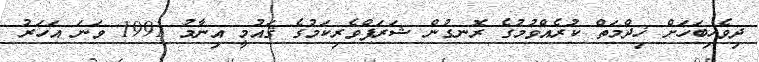
ދިވެހިބަހަށް ޚިދްމަތް ކުރެއްވުމުގެ ރޮނގުން ޝަރަފްވެރިކަމުގެ ޤައުމީ އިނާމު 1991 ވަނަ އަހަރު